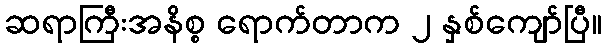
ဆရာကြီးအနိစ္စ ရောက်တာက ၂ နှစ်ကျော်ပြီ။